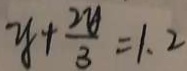
y + \frac { 2 y } { 3 } = 1 . 2